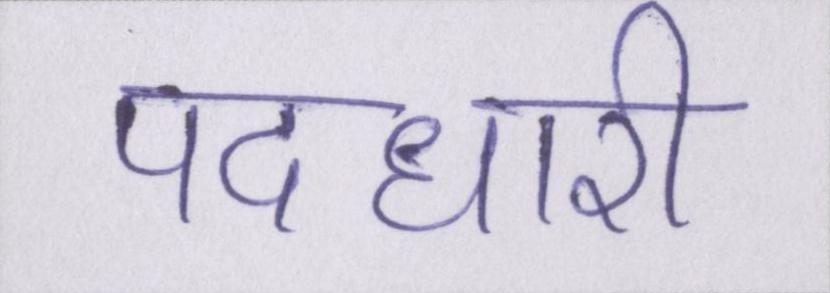
पदधारी